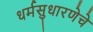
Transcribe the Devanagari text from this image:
धर्मसुधारणेचे